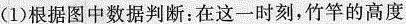
(1)根据图中数据判断：在这一时刻，竹竿的高度